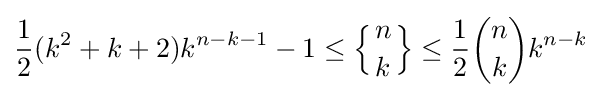
{\frac {1}{2}}(k^{2}+k+2)k^{n-k-1}-1\leq \left\{{n \atop k}\right\}\leq {\frac {1}{2}}{n \choose k}k^{n-k}